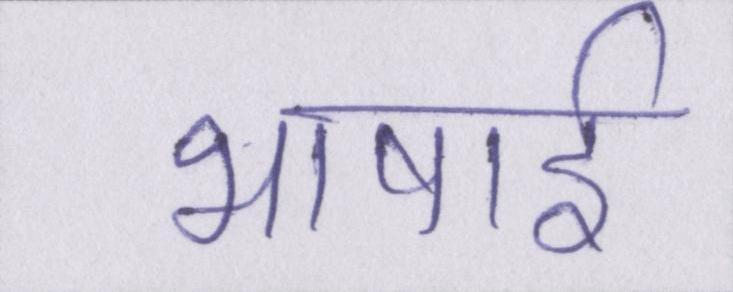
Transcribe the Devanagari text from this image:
भाषाई